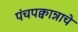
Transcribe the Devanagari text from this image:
पंचपक्वान्नाचे